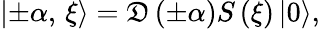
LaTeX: \left|\pm\alpha,\, \xi\right\rangle=\mathfrak{D}\left(\pm\alpha\right)S\left(\xi\right)\left|0\right\rangle,